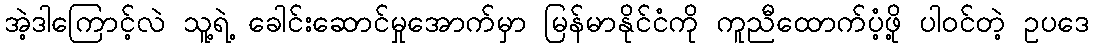
အဲ့ဒါကြောင့်လဲ သူ့ရဲ့ ခေါင်းဆောင်မှုအောက်မှာ မြန်မာနိုင်ငံကို ကူညီထောက်ပံ့ဖို့ ပါဝင်တဲ့ ဥပဒေ